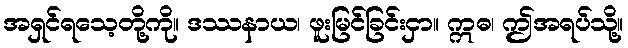
အရှင်ရသေ့တို့ကို။ ဒဿနာယ၊ ဖူးမြင်ခြင်းငှာ။ ဣဓ၊ ဤအရပ်သို့။